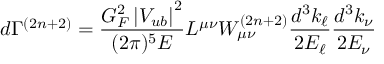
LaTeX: d \Gamma ^ { ( 2 n + 2 ) } = \frac { G _ { F } ^ { 2 } \left| V _ { u b } \right| ^ { 2 } } { ( 2 \pi ) ^ { 5 } E } L ^ { \mu \nu } W _ { \mu \nu } ^ { ( 2 n + 2 ) } \frac { d ^ { 3 } k _ { \ell } } { 2 E _ { \ell } } \frac { d ^ { 3 } k _ { \nu } } { 2 E _ { \nu } }